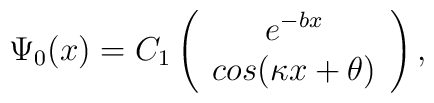
\Psi_0(x)=C_1\left(\begin{array}{c}e^{-bx}\\cos(\kappa x+\theta)\end{array}\right),